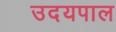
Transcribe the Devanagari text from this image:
उदयपाल